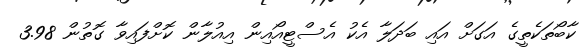
ކާބޯތަކެތީގެ އަގަށް އައި ބަދަލާ އެކު އެސްޓީއޯއިން އިއުލާން ކޮށްފައިވާ ގޮތުން 3.98